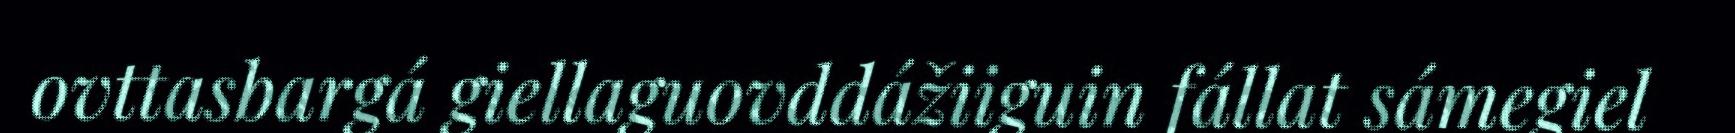
ovttasbargá giellaguovddážiiguin fállat sámegiel